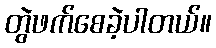
တွဲဖက်စေခဲ့ပါတယ်။